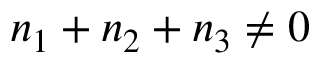
n _ { 1 } + n _ { 2 } + n _ { 3 } \neq 0